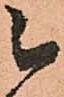
被